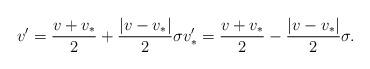
LaTeX: \begin{align*} v' = \frac{v+v_*}{2} +\frac{|v-v_*|}{2} \sigma v_*' = \frac{v+v_*}{2} -\frac{|v-v_*|}{2} \sigma. \end{align*}